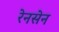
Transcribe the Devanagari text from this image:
रेनसेन